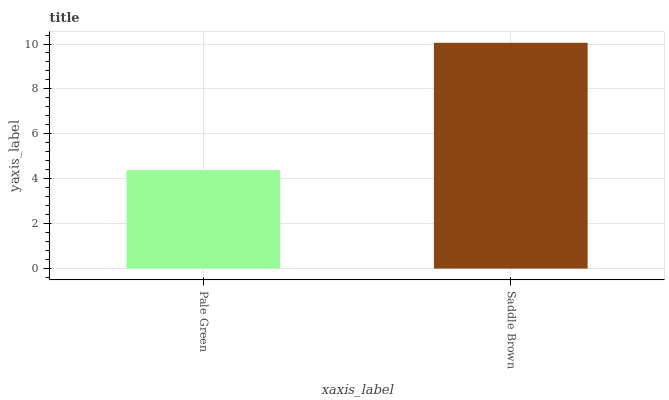
| xaxis_label | bars |
 | --- | --- |
 | Pale Green | 4.38 |
 | Saddle Brown | 10.1 |